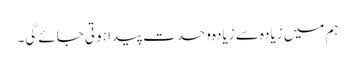
ہم میں زیادہ سے زیادہ وحدت پیدا ہوتی جائے گی۔